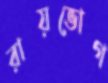
রায়ভোগ